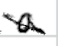
Text: a
Cross-out: diagonal
Writing tool: digital_black